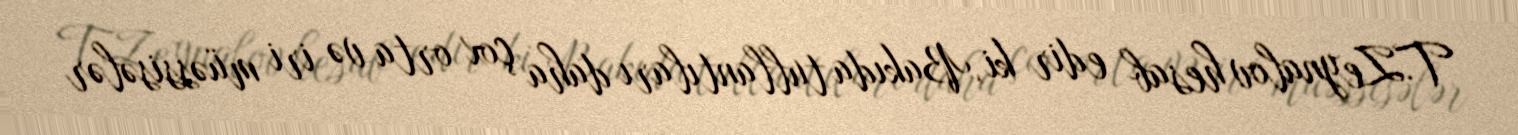
T.Zeynalov hesab edir ki, Bakıda tullantıları daha çox orta və iri müəssisələr